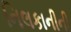
નિલકાનીની